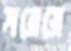
সরেয়ে